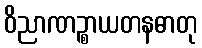
ဝိညာဏဉ္စာယတနဓာတု